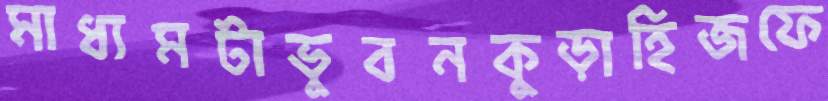
মাধ্যমটাভুবনকুড়াহিজফে